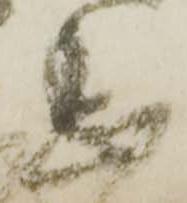
息